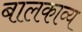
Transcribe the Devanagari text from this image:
बालकाव्य